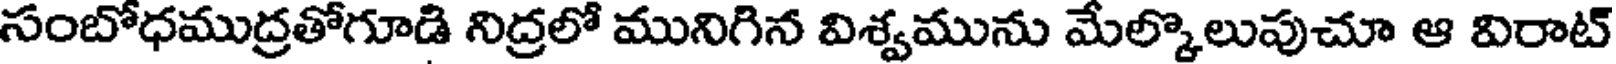
సంబోధముద్రతోగూడి నిద్రలో మునిగిన విశ్వమును మేల్కొలుపుచూ ఆ విరాట్